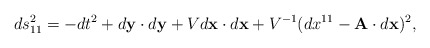
\begin{align*}ds^2_{11}=-dt^2+d{\bf y}\cdot d{\bf y}+Vd{\bf x}\cdot d{\bf x}+V^{-1}(dx^{11}-{\bf A}\cdot d{\bf x})^2,\end{align*}